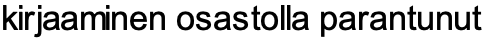
kirjaaminen osastolla parantunut